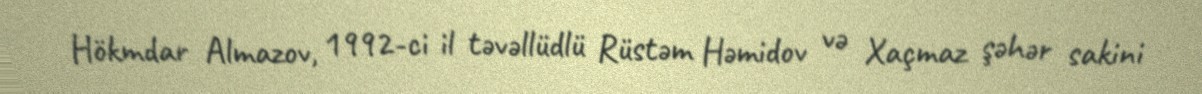
Hökmdar Almazov, 1992-ci il təvəllüdlü Rüstəm Həmidov və Xaçmaz şəhər sakini